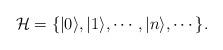
LaTeX: \begin{align*}{\cal H} = \{ |0\rangle, |1\rangle, \cdots, |n\rangle, \cdots \}.\end{align*}